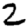
Digit: 2